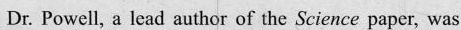
Dr. Powell, a lead author of the Science paper, was